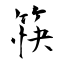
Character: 筷